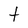
Character: t